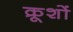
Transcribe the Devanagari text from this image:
क्रूशों